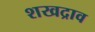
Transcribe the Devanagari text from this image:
शखद्राव